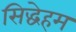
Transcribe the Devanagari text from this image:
सिद्धेहम